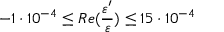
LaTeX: - 1 \cdot 1 0 ^ { - 4 } \leq R e ( \frac { \varepsilon ^ { \prime } } { \varepsilon } ) \leq 1 5 \cdot 1 0 ^ { - 4 }